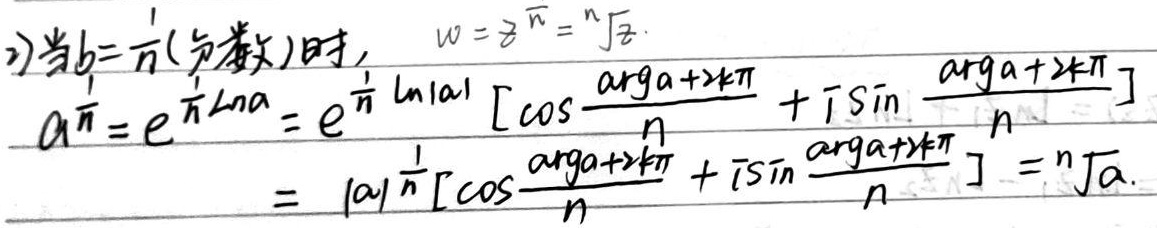
当 \(b = \frac{1}{n}\)（\(n\) 为整数）时，\(w = z^{\frac{1}{n}}=\sqrt[n]{z}\)
\[
\begin{align*}
a^{\frac{1}{n}}&=e^{\frac{1}{n}\ln a}=e^{\frac{1}{n}\ln|a|}\left[\cos\frac{\text{arg}a + 2k\pi}{n}+i\sin\frac{\text{arg}a + 2k\pi}{n}\right]\\
&=|a|^{\frac{1}{n}}\left[\cos\frac{\text{arg}a + 2k\pi}{n}+i\sin\frac{\text{arg}a + 2k\pi}{n}\right]=\sqrt[n]{a}
\end{align*}
\]